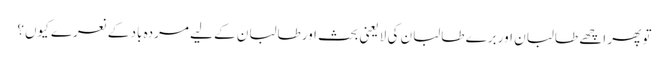
تو پھر اچھے طالبان اور برے طالبان کی لایعنی بحث اورطالبان کے لیے مردہ باد کے نعرے کیوں؟